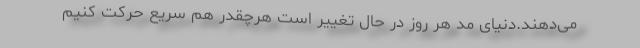
می‌دهند.دنیای مد هر روز در حال تغییر است هرچقدر هم سریع حرکت کنیم